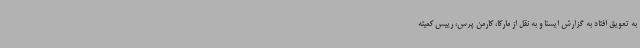
به تعویق افتاد به گزارش ایسنا و به نقل از مارکا، کارمن پرس، رییس کمیته